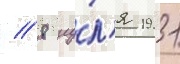
// 8 иу́л'я 1931